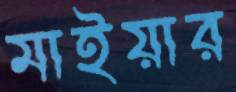
মাইয়ার